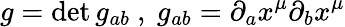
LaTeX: g=\operatorname*{det}g_{ab}\ ,\ g_{ab}=\partial_{a}x^{\mu}\partial_{b}x^{\mu}